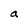
Character: a